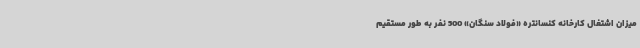
میزان اشتغال کارخانه کنسانتره «فولاد سنگان» 500 نفر به‌ طور مستقیم